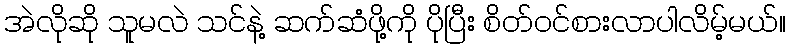
အဲလိုဆို သူမလဲ သင်နဲ့ ဆက်ဆံဖို့ကို ပိုပြီး စိတ်ဝင်စားလာပါလိမ့်မယ်။